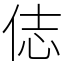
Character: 俧